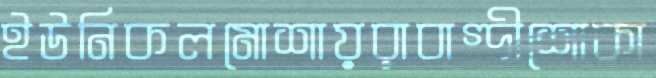
ইউনিকলমোশায়রাবাগ্‌দীশোকা